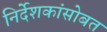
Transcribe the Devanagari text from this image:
निर्देशकांसोबत